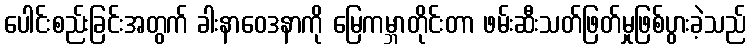
ပေါင်းစည်းခြင်းအတွက် ခါးနာဝေဒနာကို မြေကမ္ဘာတိုင်းတာ ဖမ်းဆီးသတ်ဖြတ်မှုဖြစ်ပွားခဲ့သည်